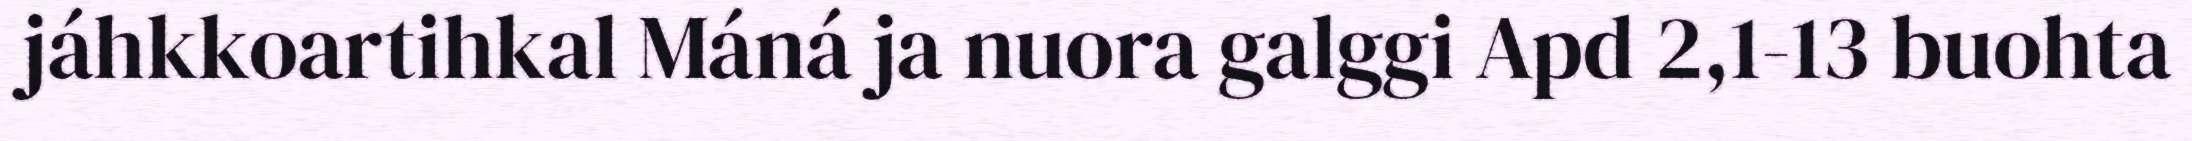
jáhkkoartihkal Máná ja nuora galggi Apd 2,1-13 buohta